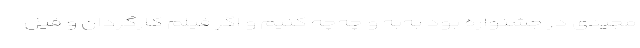
مجیدی در جشنواره بود به‌به و چه‌چه کنیم و اگر فیلم کارگردان و فیل